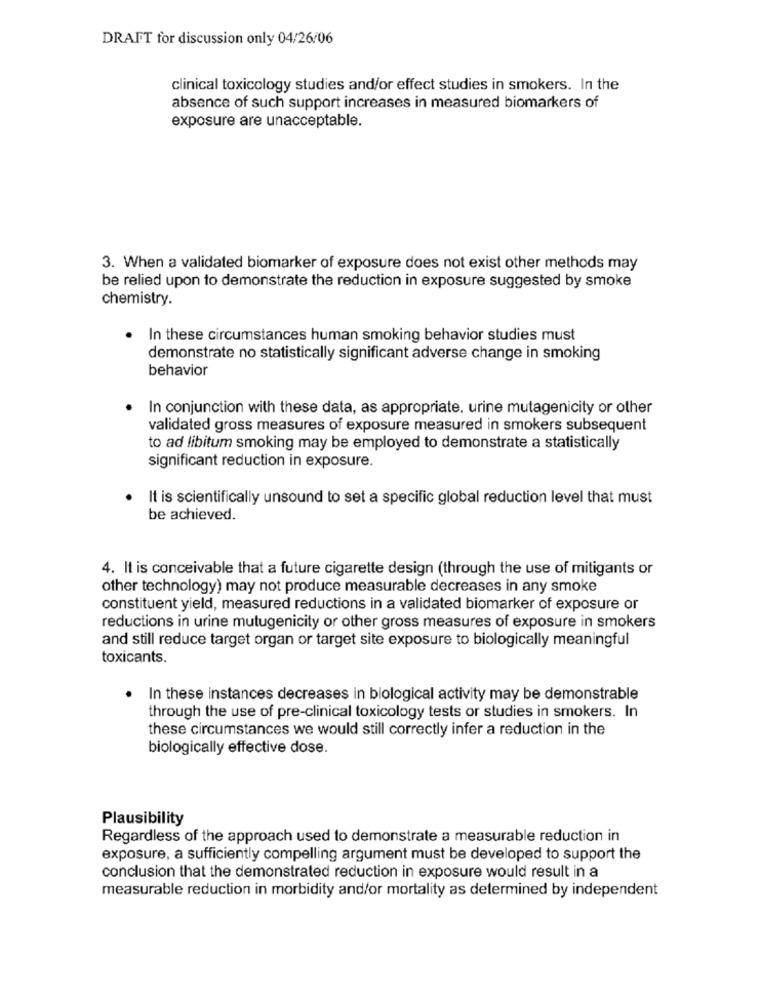
DRAFT for discussion only 04/26/06
clinical toxicology studies and/or effect studies in smokers. In the
absence of such support increases in measured biomarkers of
exposure are unacceptable.
3. When a validated biomarker of exposure does not exist other methods may
be relied upon to demonstrate the reduction in exposure suggested by smoke
chemistry.
In these circumstances human smoking behavior studies must
demonstrate no statistically significant adverse change in smoking
behavior
In conjunction with these data, as appropriate, urine mutagenicity or other
validated gross measures of exposure measured in smokers subsequent
to ad libitum smoking may be employed to demonstrate a statistically
significant reduction in exposure.
It is scientifically unsound to set a specific global reduction level that must
be achieved.
4. It is conceivable that a future cigarette design (through the use of mitigants or
other technology) may not produce measurable decreases in any smoke
constituent yield, measured reductions in a validated biomarker of exposure or
reductions in urine mutugenicity or other gross measures of exposure in smokers
and still reduce target organ or target site exposure to biologically meaningful
toxicants.
In these instances decreases in biological activity may be demonstrable
through the use of pre-clinical toxicology tests or studies in smokers. In
these circumstances we would still correctly infer a reduction in the
biologically effective dose.
Plausibility
Regardless of the approach used to demonstrate a measurable reduction in
exposure, a sufficiently compelling argument must be developed to support the
conclusion that the demonstrated reduction in exposure would result in a
measurable reduction in morbidity and/or mortality as determined by independent